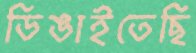
ডিঙাইতেছি